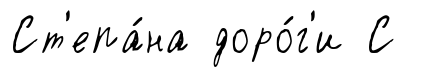
Ст'епа́на доро́г'и С